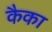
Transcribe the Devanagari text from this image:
कैका